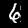
Digit: 6